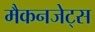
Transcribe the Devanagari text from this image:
मैकनजेट्स